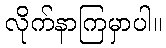
လိုက်နာကြမှာပါ။